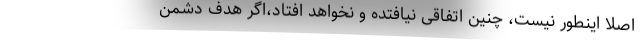
اصلا اینطور نیست، چنین اتفاقی نیافتده و نخواهد افتاد،اگر هدف دشمن